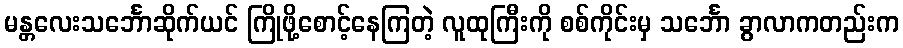
မန္တလေးသင်္ဘောဆိုက်ယင် ကြိုဖို့စောင့်နေကြတဲ့ လူထုကြီးကို စစ်ကိုင်းမှ သင်္ဘော ခွာလာကတည်းက